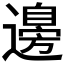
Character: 𮟗